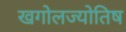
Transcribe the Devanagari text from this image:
खगोलज्योतिष